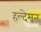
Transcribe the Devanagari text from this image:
हल्देमन